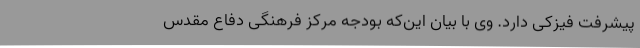
پیشرفت فیزکی دارد. وی با بیان این‌که بودجه‌ مرکز فرهنگی دفاع مقدس